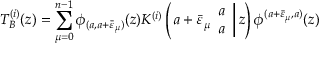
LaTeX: T _ { B } ^ { ( i ) } ( z ) = \displaystyle \sum _ { \mu = 0 } ^ { n - 1 } \phi _ { ( a , a + \bar { \varepsilon } _ { \mu } ) } ( z ) K ^ { ( i ) } \left( \left. a + \bar { \varepsilon } _ { \mu } \begin{array} { c } { { a } } \\ { { a } } \end{array} \right| z \right) \phi ^ { ( a + \bar { \varepsilon } _ { \mu } , a ) } ( z )